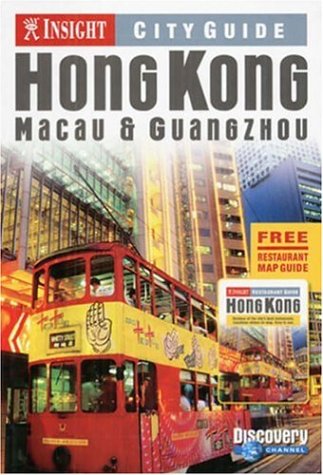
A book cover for Insight City Guide Hong Kong: Macau & Guangzhou; Tom Le Bas; Travel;